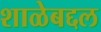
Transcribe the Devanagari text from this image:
शाळेबद्दल